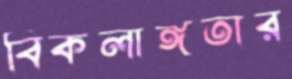
বিকলাঙ্গতার